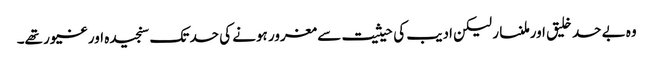
وہ بے حد خلیق اور ملنسار لیکن ادیب کی حیثیت سے مغرور ہونے کی حد تک سنجیدہ اور غیور تھے۔